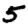
Digit: 5